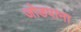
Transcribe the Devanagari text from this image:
जोडपाना